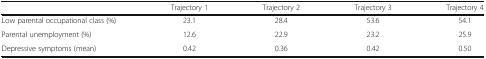
|  | Trajectory 1 | Trajectory 2 | Trajectory 3 | Trajectory 4 |
 | --- | --- | --- | --- | --- |
 | Low parental occupational class (%) | 23.1 | 28.4 | 53.6 | 54.1 |
 | Parental unemployment (%) | 12.6 | 22.9 | 23.2 | 25.9 |
 | Depressive symptoms (mean) | 0.42 | 0.36 | 0.42 | 0.50 |